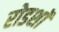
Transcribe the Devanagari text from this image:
रोडशाॅ